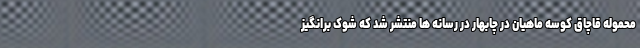
محموله قاچاق کوسه ماهیان در چابهار در رسانه ها منتشر شد که شوک برانگیز